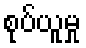
စုပ်ယူမှု